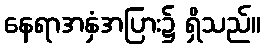
နေရာအနှံအပြား၌ ရှိသည်။